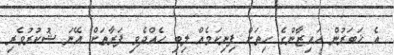
އެ ޚަބަރުން އައިޒާންގެ ހިތަށް ފިނިކަމެއް ލިބި ހެއްދެވި ފަރާތަށް އޭނަ ޝުކުރުވެރި